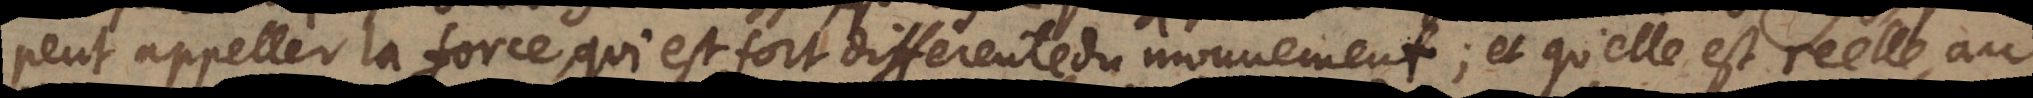
peut appeller la force, qui est fort differente du mouvement; et qu’elle est reelle, au